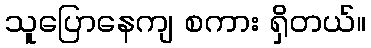
သူပြောနေကျ စကား ရှိတယ်။